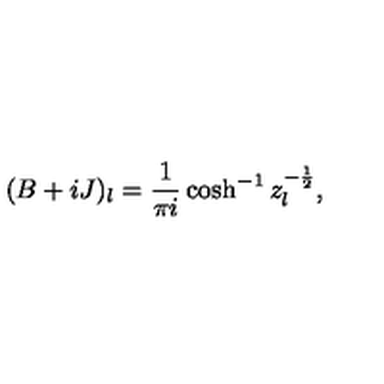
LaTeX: ( B + i J ) _ { l } = \frac 1 { \pi i } \cosh ^ { - 1 } z _ { l } ^ { - \frac 1 2 } ,